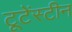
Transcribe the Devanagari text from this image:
टूटेंस्टीन